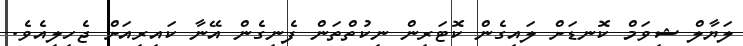
ލަޔާލް ޝިވަމް ކޮނޑަށް ލައިގެން ކޮޓަރިން ނިކުތްތަން ފެނިގެން އޭނާ ކައިރިއަށް ޖެހިލިއެވެ.